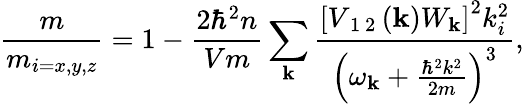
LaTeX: \frac{m}{m_{i={x,y,z}}}=1-\frac{2\hbar^{2}n}{Vm}\sum_{\mathbf{k}}\frac{\left[V_{\mathrm{~1~2~}}(\mathbf{k})W_{\mathbf{k}}\right]^{2}k_{i}^{2}}{\left(\omega_{\mathbf{k}}+\frac{\hbar^{2}k^{2}}{2m}\right)^{3}},